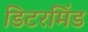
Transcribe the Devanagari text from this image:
डिटरमिंड